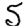
Digit: 5